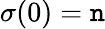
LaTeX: \sigma(0)=\mathtt{n}